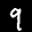
Label: 9